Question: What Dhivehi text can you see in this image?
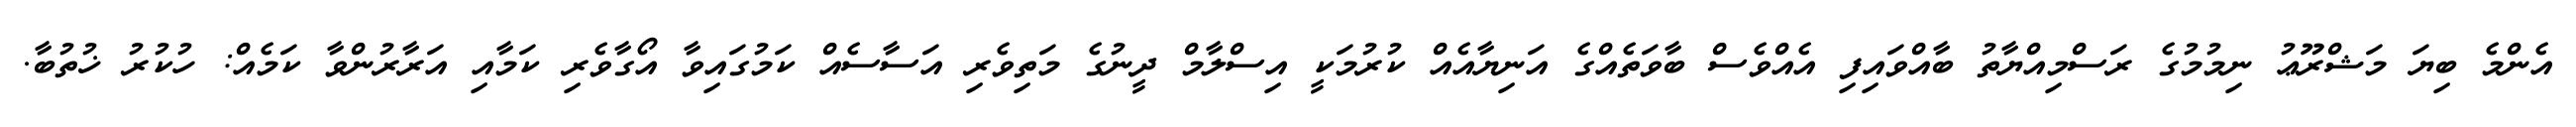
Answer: އެންމެ ބިޔަ މަޝްރޫޢު ނިމުމުގެ ރަސްމިއްޔާތު ބާއްވައިފި އެއްވެސް ބާވަތެއްގެ އަނިޔާއެއް ކުރުމަކީ އިސްލާމް ދީނުގެ މަތިވެރި އަސާސެއް ކަމުގައިވާ އޯގާވެރި ކަމާއި އަރާރުންވާ ކަމެއް: ހުކުރު ޚުތުބާ.